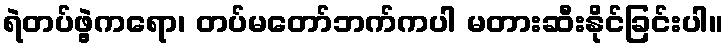
ရဲတပ်ဖွဲ့ကရော၊ တပ်မတော်ဘက်ကပါ မတားဆီးနိုင်ခြင်းပါ။